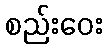
စည်းဝေး